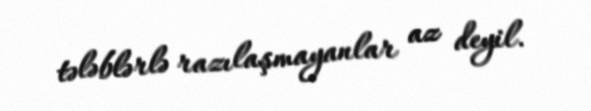
tələblərlə razılaşmayanlar az deyil.